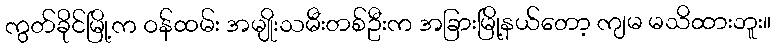
ကွတ်ခိုင်မြို့က ဝန်ထမ်း အမျိုးသမီးတစ်ဦးက အခြားမြို့နယ်တော့ ကျမ မသိထားဘူး။